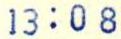
13:08